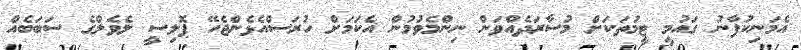
އެމަނިކުފާނު ގައުމީ ޓީމުތަކަށް މުސާރަދެއްވަން ނިންމެވުމުން އެކަމަށް ހުރަސްއެޅެންޖެހޭ ޕޮލިސީ ލެވެލްގެ ސަބަބެއް